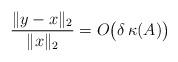
LaTeX: \begin{align*}\frac{\lVert y-x\rVert_2}{\lVert x\rVert_2}=O\big(\delta\,\kappa(A)\big)\end{align*}